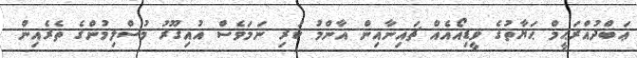
ޢަބްދުއްރަޙީމް ޙަޔާތުގެ ވީޑިއޯއެއް ޗައިނާއިން އާންމު ކުރި ނަމަވެސް އުއިގޫރު މުސްލިމުންގެ ތެރެއިން